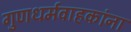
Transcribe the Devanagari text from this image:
गुणधर्मवाहकांना